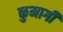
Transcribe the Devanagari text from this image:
कुमार्गी